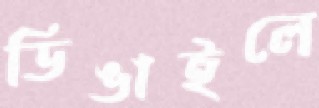
ডিঙাইলে